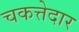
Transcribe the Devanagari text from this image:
चकत्तेदार